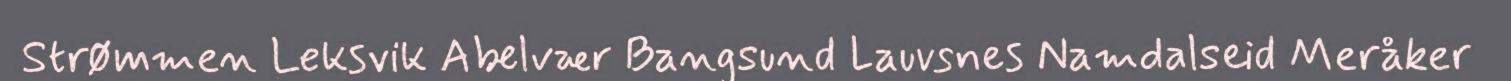
Strømmen Leksvik Abelvær Bangsund Lauvsnes Namdalseid Meråker